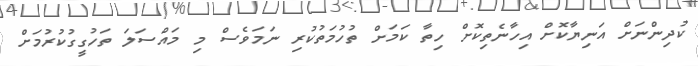
ކުދިންނަށް އަނިޔާކޮށް އިހާނެތިކޮށް ހިތާ ކަމަށް ތުހުމަތުކުރި ނަމަވެސް މި މައްސަލަ ތަހުގީގުކުރުމަށް